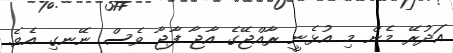
އަދުރޭ މެން މި އުޅެނީ ރާއްޖޭގެ އާޖާ ފާޖާ ވެސް ނޭނގި އެވެ.